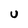
Character: U